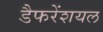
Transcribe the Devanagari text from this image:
डैफरेंशयल